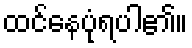
ထင်နေပုံရပါ၏။